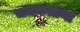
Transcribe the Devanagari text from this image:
चमकताना